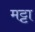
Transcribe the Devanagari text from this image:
मट्टा